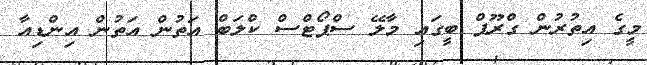
މީގެ އިތުރުން ގްރޫޕް ބީގައި މާލޭ ސްޕޯޓްސް ކްލަބް އަތުން އަތުން އިންޑިއާ